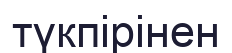
түкпірінен